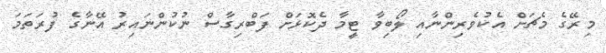
މިރޭގެ މެޗަށް އެކުވެރިންނާއި ލޯބިވާ ޓީމާ ދެކޮޅަށް ފަބްރިގާސް ނުކުންނައިރު އޭނާގެ ފުރަތަމަ